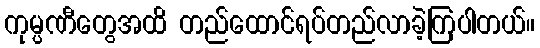
ကုမ္ပဏီတွေအထိ တည်ထောင်ရပ်တည်လာခဲ့ကြပါတယ်။